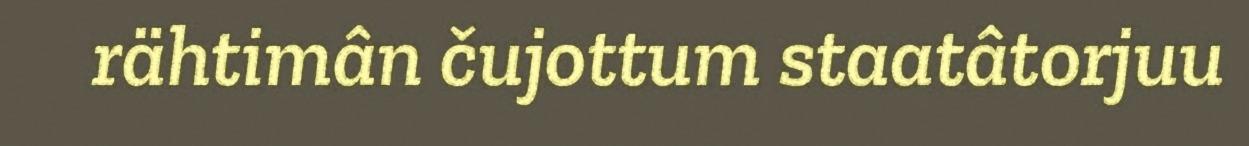
rähtimân čujottum staatâtorjuu